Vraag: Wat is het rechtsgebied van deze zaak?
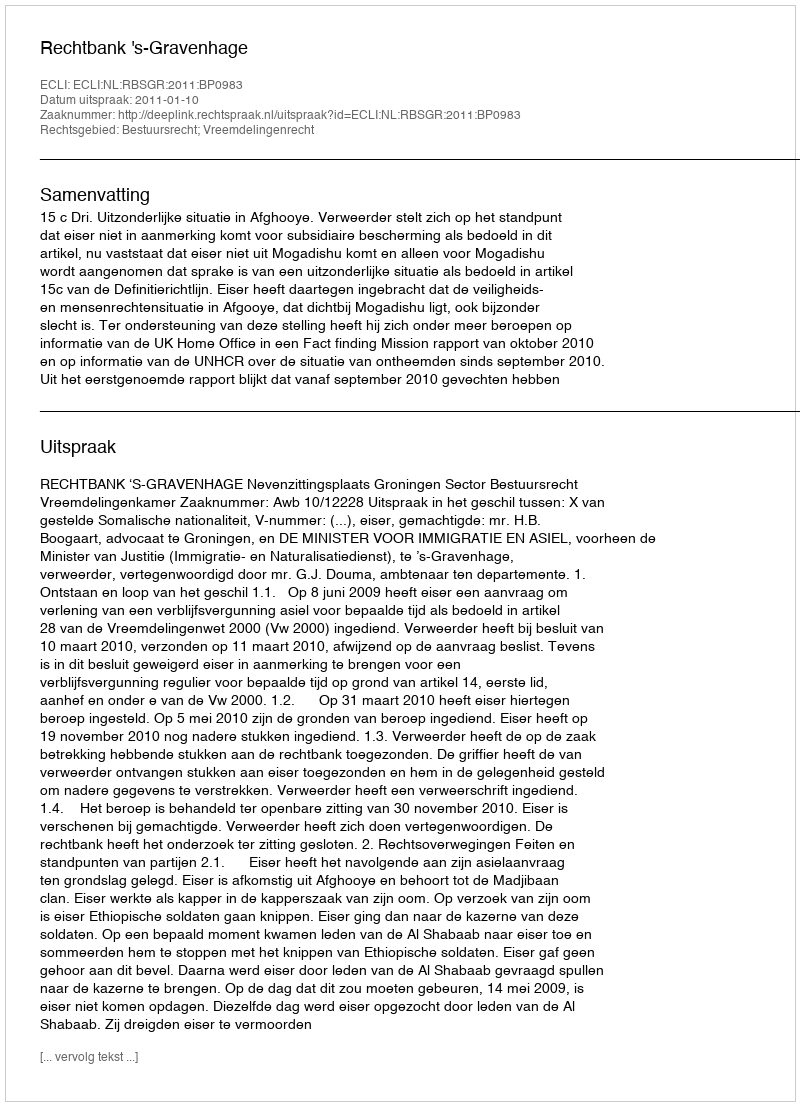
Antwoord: Bestuursrecht; Vreemdelingenrecht